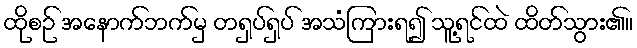
ထိုစဉ် အနောက်ဘက်မှ တရှပ်ရှပ် အသံကြားရ၍ သူ့ရင်ထဲ ထိတ်သွား၏။